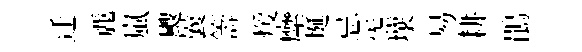
迁䴡嵐颼曩籌煖縻埏忌炁壤易耕鵑